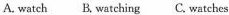
A. watch B. watching C. watches